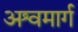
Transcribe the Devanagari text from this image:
अश्वमार्ग